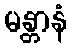
မန္တာနံ